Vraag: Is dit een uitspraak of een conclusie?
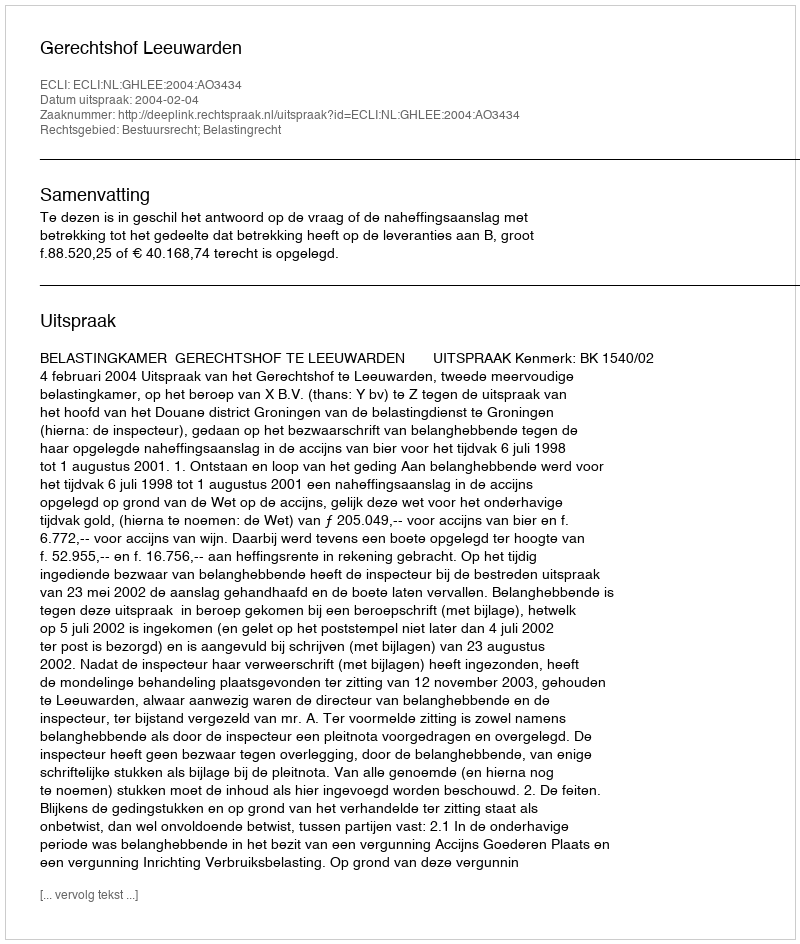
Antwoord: Uitspraak